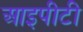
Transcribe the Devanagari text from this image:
आइपीटी